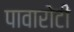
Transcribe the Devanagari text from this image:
पावारोटी